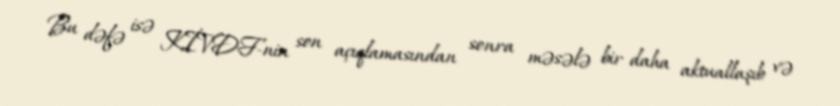
Bu dəfə isə KİVDF-nin son açıqlamasından sonra məsələ bir daha aktuallaşıb və